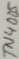
Text: TN4005